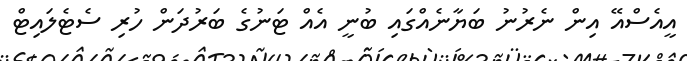
އީއެސްއޭ އިން ނެރުނު ބަޔާނެއްގައި ބުނީ އެއް ޓަނުގެ ބަރުދަން ހުރި ސެޓެލައިޓް